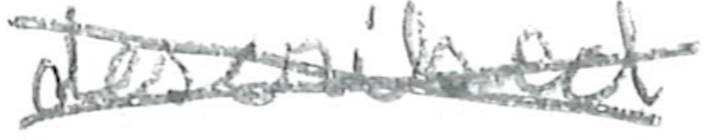
Text: described
Cross-out: cross
Writing tool: pencil